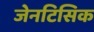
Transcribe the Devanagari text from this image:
जेनटिसिक